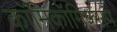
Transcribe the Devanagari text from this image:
काॅमिकॉमिक्सप